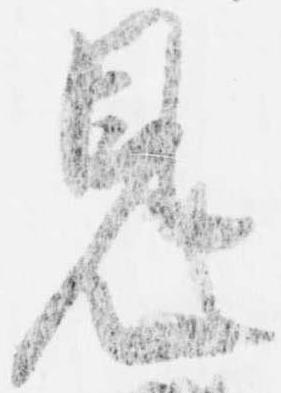
見